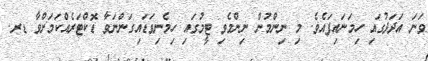
ވަނަ އަދަދުގައި ހިމަނައިފައެވެ. މި ނިންމުން ނިންމެވި ޓީމުގައި ހިމެނިވަޑައިގަންނަވާ ޑޮކްޓަރެއްކަމަށްވާ ޑރ.